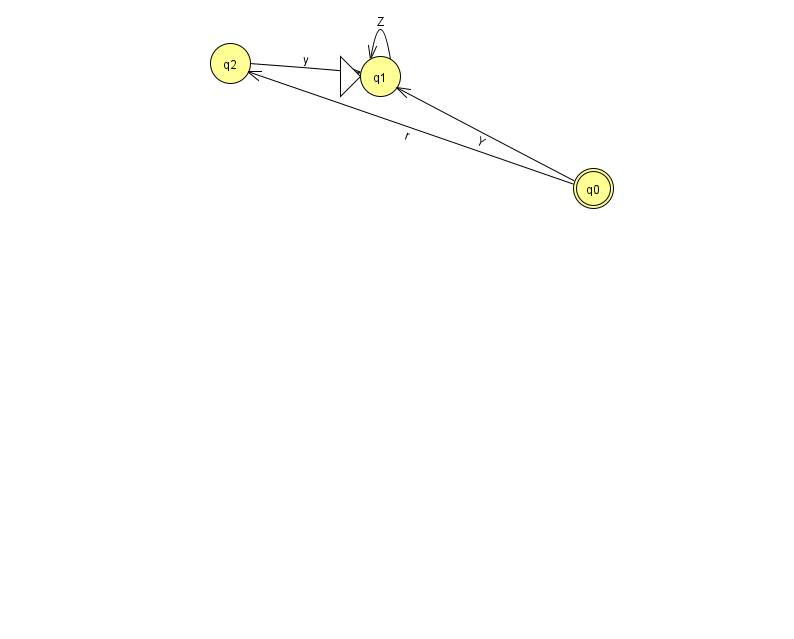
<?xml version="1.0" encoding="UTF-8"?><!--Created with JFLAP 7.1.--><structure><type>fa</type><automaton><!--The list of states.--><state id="0" name="q0"><x>593.0</x><y>175.0</y><final/></state><state id="1" name="q1"><x>380.0</x><y>63.0</y><initial/></state><state id="2" name="q2"><x>230.0</x><y>50.0</y></state><!--The list of transitions.--><transition><from>0</from><to>1</to><read>Y</read></transition><transition><from>0</from><to>2</to><read>r</read></transition><transition><from>1</from><to>1</to><read>Z</read></transition><transition><from>2</from><to>1</to><read>y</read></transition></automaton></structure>